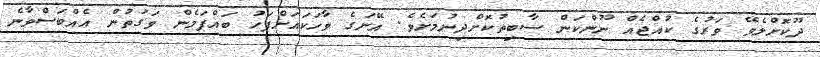
ދޫކޮށްލެވޭ ވަރުގެ ކުއްޖެއް ނޫންކަން ސާބިތުކޮށްދިނުމަށެވެ. އޭނަގެ ވާހަކައަށްފަހު ބައްޕަމެން ވަގުތުން އެއްބަސްވާނެ